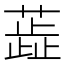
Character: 蕋